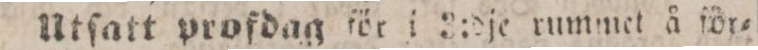
Utſatt profdag för i 3:dje rummet å för=